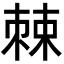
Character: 𪲸